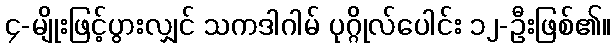
၄-မျိုးဖြင့်ပွားလျှင် သကဒါဂါမ် ပုဂ္ဂိုလ်ပေါင်း ၁၂-ဦးဖြစ်၏။